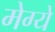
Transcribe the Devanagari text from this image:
मेग्ये